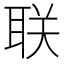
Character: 联